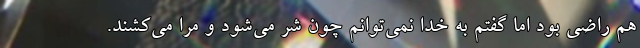
هم راضی بود اما گفتم به خدا نمی‌توانم چون شر می‌شود و مرا می‌کشند.